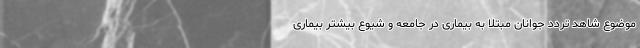
موضوع شاهد تردد جوانان مبتلا به بیماری در جامعه و شیوع بیشتر بیماری